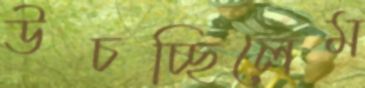
উচচ্ছিলেম